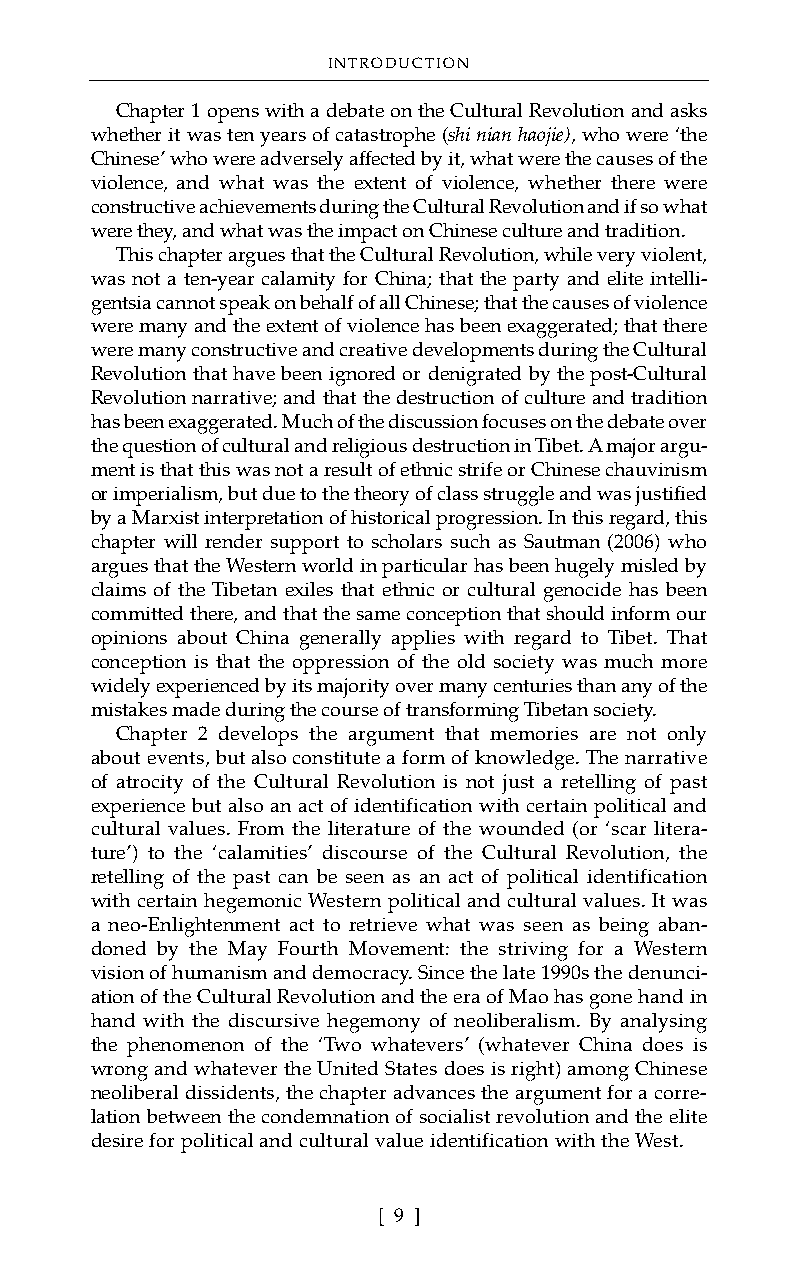
INTRODUCTION
 Chapter 1 opens with a debate on the Cultural Revolution and asks
 whether it was ten years of catastrophe (shi nian haojie), who were ‘the
 Chinese’ who were adversely affected by it, what were the causes of the
 violence, and what was the extent of violence, whether there were
 constructive achievements during the Cultural Revolution and if so what
 were they, and what was the impact on Chinese culture and tradition.
 This chapter argues that the Cultural Revolution, while very violent,
 was not a ten-year calamity for China; that the party and elite intelli-
 gentsia cannot speak on behalf of all Chinese; that the causes of violence
 were many and the extent of violence has been exaggerated; that there
 were many constructive and creative developments during the Cultural
 Revolution that have been ignored or denigrated by the post-Cultural
 Revolution narrative; and that the destruction of culture and tradition
 has been exaggerated. Much of the discussion focuses on the debate over
 the question of cultural and religious destruction in Tibet. A major argu-
 ment is that this was not a result of ethnic strife or Chinese chauvinism
 or imperialism, but due to the theory of class struggle and was justified
 by a Marxist interpretation of historical progression. In this regard, this
 chapter will render support to scholars such as Sautman (2006) who
 argues that the Western world in particular has been hugely misled by
 claims of the Tibetan exiles that ethnic or cultural genocide has been
 committed there, and that the same conception that should inform our
 opinions about China generally applies with regard to Tibet. That
 conception is that the oppression of the old society was much more
 widely experienced by its majority over many centuries than any of the
 mistakes made during the course of transforming Tibetan society.
 Chapter 2 develops the argument that memories are not only
 about events, but also constitute a form of knowledge. The narrative
 of atrocity of the Cultural Revolution is not just a retelling of past
 experience but also an act of identification with certain political and
 cultural values. From the literature of the wounded (or ‘scar litera-
 ture’) to the ‘calamities’ discourse of the Cultural Revolution, the
 retelling of the past can be seen as an act of political identification
 with certain hegemonic Western political and cultural values. It was
 a neo-Enlightenment act to retrieve what was seen as being aban-
 doned by the May Fourth Movement: the striving for a Western
 vision of humanism and democracy. Since the late 1990s the denunci-
 ation of the Cultural Revolution and the era of Mao has gone hand in
 hand with the discursive hegemony of neoliberalism. By analysing
 the phenomenon of the ‘Two whatevers’ (whatever China does is
 wrong and whatever the United States does is right) among Chinese
 neoliberal dissidents, the chapter advances the argument for a corre-
 lation between the condemnation of socialist revolution and the elite
 desire for political and cultural value identification with the West.
 [ 9 ]